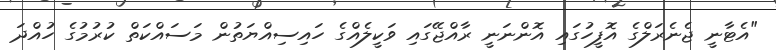
"އެޓާނީ ޖެނެރަލްގެ އޮފީހުގައި އޮންނަނީ ރާއްޖޭގައި ވަކީލެއްގެ ހައިސިއްޔަތުން މަސައްކަތް ކުރުމުގެ ހުއްދަ